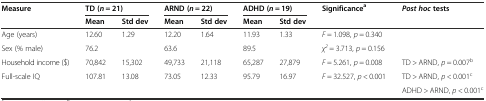
| <ROWSPAN=2> Measure | <COLSPAN=2> TD (n = 21) | <COLSPAN=2> ARND (n = 22) | <COLSPAN=2> ADHD (n = 19) | <ROWSPAN=2> Significancea | <ROWSPAN=2> Post hoctests |
 | Mean | Std dev | Mean | Std dev | Mean | Std dev |
 | --- | --- | --- | --- | --- | --- | --- | --- | --- |
 | Age (years) | 12.60 | 1.29 | 12.20 | 1.64 | 11.93 | 1.33 | F = 1.098, p = 0.340 |  |
 | Sex (% male) | 76.2 |  | 63.6 |  | 89.5 |  | χ2 = 3.713, p = 0.156 |  |
 | Household income ($) | 70,842 | 15,302 | 49,733 | 21,118 | 65,287 | 27,879 | F = 5.261, p = 0.008 | TD > ARND, p = 0.007b |
 | Full-scale IQ | 107.81 | 13.08 | 73.05 | 12.33 | 95.79 | 16.97 | F = 32.527, p < 0.001 | TD > ARND, p < 0.001c |
 |  |  |  |  |  |  |  |  | ADHD > ARND, p < 0.001c |